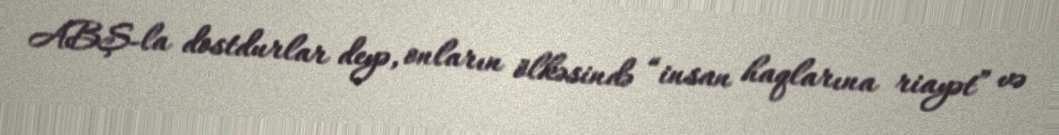
ABŞ-la dostdurlar deyə, onların ölkəsində “insan haqlarına riayət” və